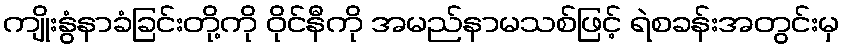
ကျိုးနွံနာခံခြင်းတို့ကို ဝိုင်နီကို အမည်နာမသစ်ဖြင့် ရဲစခန်းအတွင်းမှ